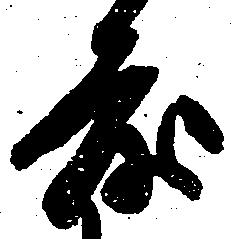
度